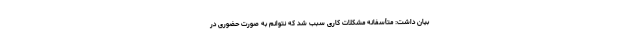
بیان داشت: متأسفانه مشکلات کاری سبب شد که نتوانم به صورت حضوری در